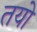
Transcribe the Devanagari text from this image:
तयो